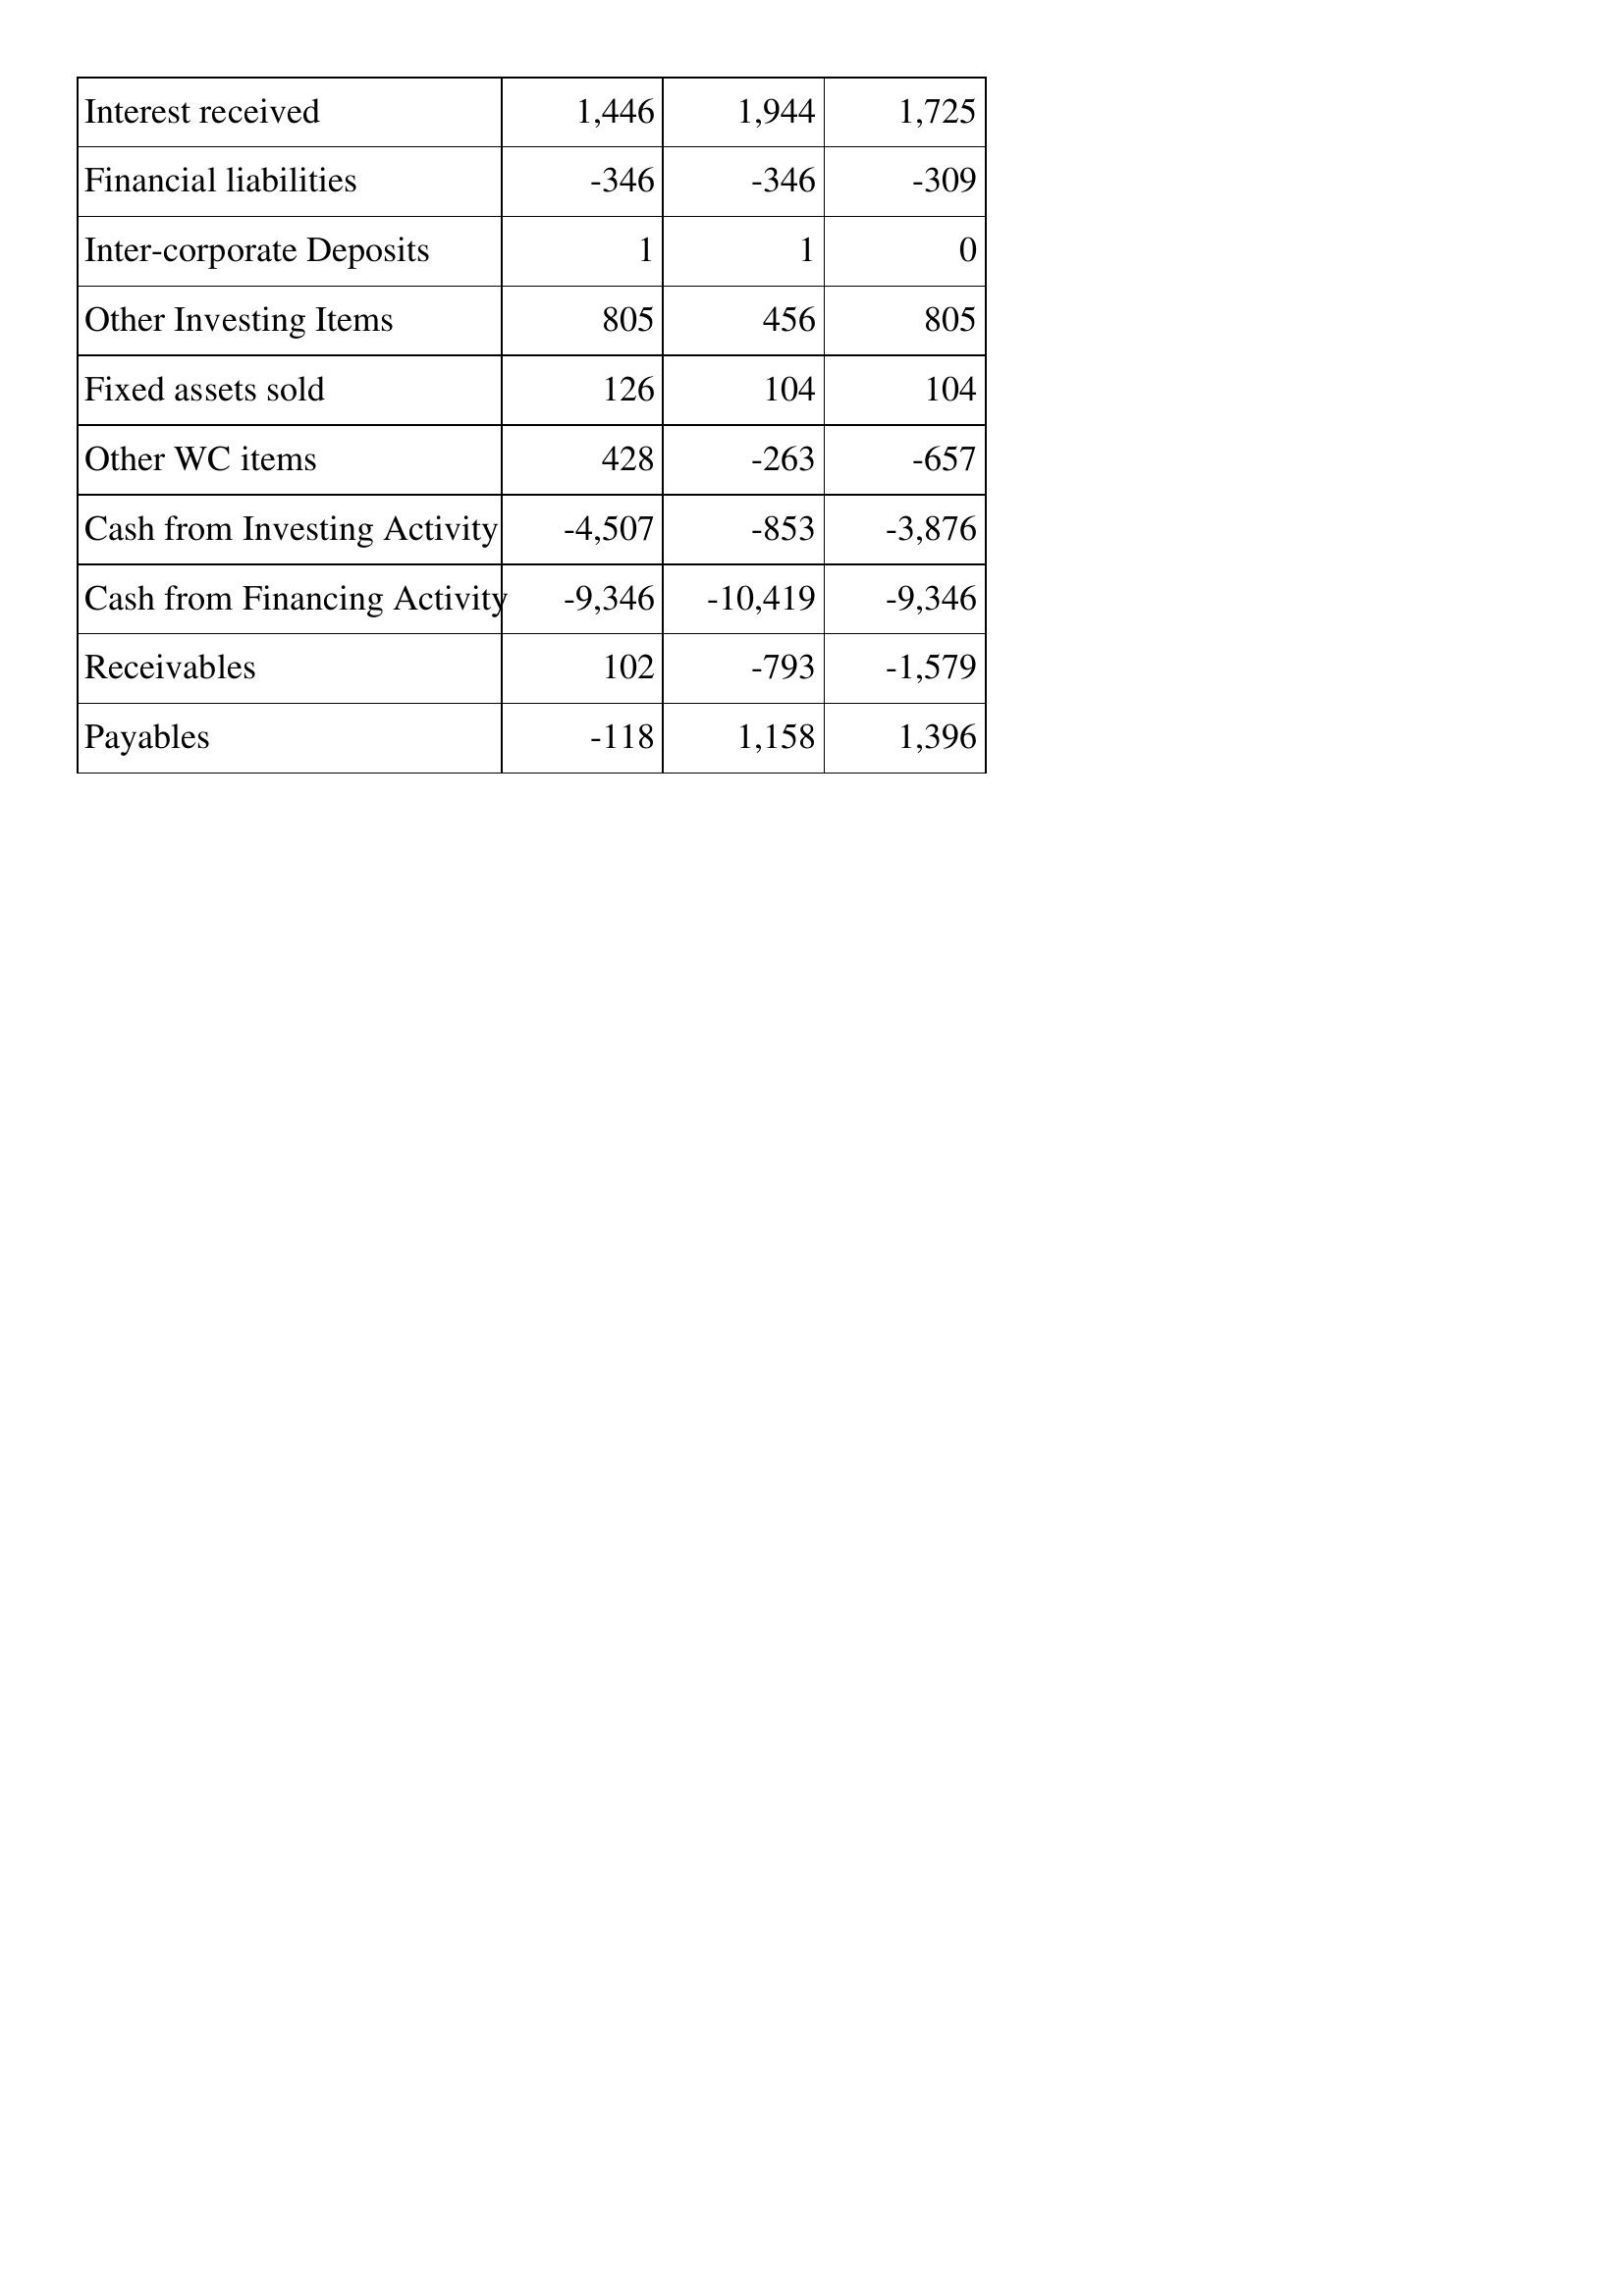
Mar-10: Cash Flows: Interest received: 1,446
Financial liabilities: -346
Inter-corporate Deposits: 1
Other Investing Items: 805
Fixed assets sold: 126
Other WC items: 428
Cash from Investing Activity: -4,507
Cash from Financing Activity: -9,346
Receivables: 102
Payables: -118
Mar-09: Cash Flows: Interest received: 1,944
Financial liabilities: -346
Inter-corporate Deposits: 1
Other Investing Items: 456
Fixed assets sold: 104
Other WC items: -263
Cash from Investing Activity: -853
Cash from Financing Activity: -10,419
Receivables: -793
Payables: 1,158
Mar-08: Cash Flows: Interest received: 1,725
Financial liabilities: -309
Inter-corporate Deposits: 0
Other Investing Items: 805
Fixed assets sold: 104
Other WC items: -657
Cash from Investing Activity: -3,876
Cash from Financing Activity: -9,346
Receivables: -1,579
Payables: 1,396